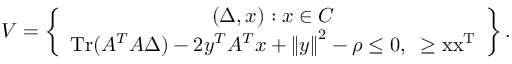
V = \left\{ { \begin{array} { c } { ( \Delta , x ) : x \in C \mathrm { { } } } \\ { \operatorname { T r } ( A ^ { T } A \Delta ) - 2 y ^ { T } A ^ { T } x + \left\| y \right\| ^ { 2 } - \rho \leq 0 , \mathrm { { { } \Delta \geq x x ^ { T } } } } \end{array} } \right\} .